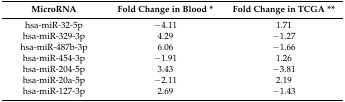
| MicroRNA | Fold Change in Blood * | Fold Change in TCGA ** |
 | --- | --- | --- |
 | hsa-miR-32-5p | −4.11 | 1.71 |
 | hsa-miR-329-3p | 4.29 | −1.27 |
 | hsa-miR-487b-3p | 6.06 | −1.66 |
 | hsa-miR-454-3p | −1.91 | 1.26 |
 | hsa-miR-204-5p | 3.43 | −3.81 |
 | hsa-miR-20a-5p | −2.11 | 2.19 |
 | hsa-miR-127-3p | 2.69 | −1.43 |